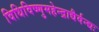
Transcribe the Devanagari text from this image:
विधिविष्णुमहेन्द्राद्यैर्वन्द्यः